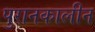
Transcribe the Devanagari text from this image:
पुरानकालीन